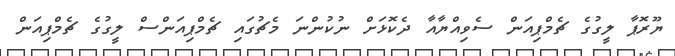
ޔޫރޮޕާ ލީގުގެ ޗެމްޕިއަން ސެވިއްޔާއާ ދެކޮޅަށް ނުކުންނަ މެޗުގައި ޗެމްޕިއަންސް ލީގުގެ ޗެމްޕިއަން